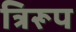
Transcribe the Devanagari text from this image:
त्रिरूप